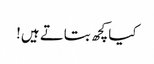
کیا کچھ بتاتے ہیں!